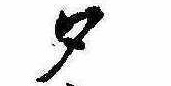
夕